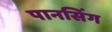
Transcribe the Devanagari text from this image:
पानसिंग